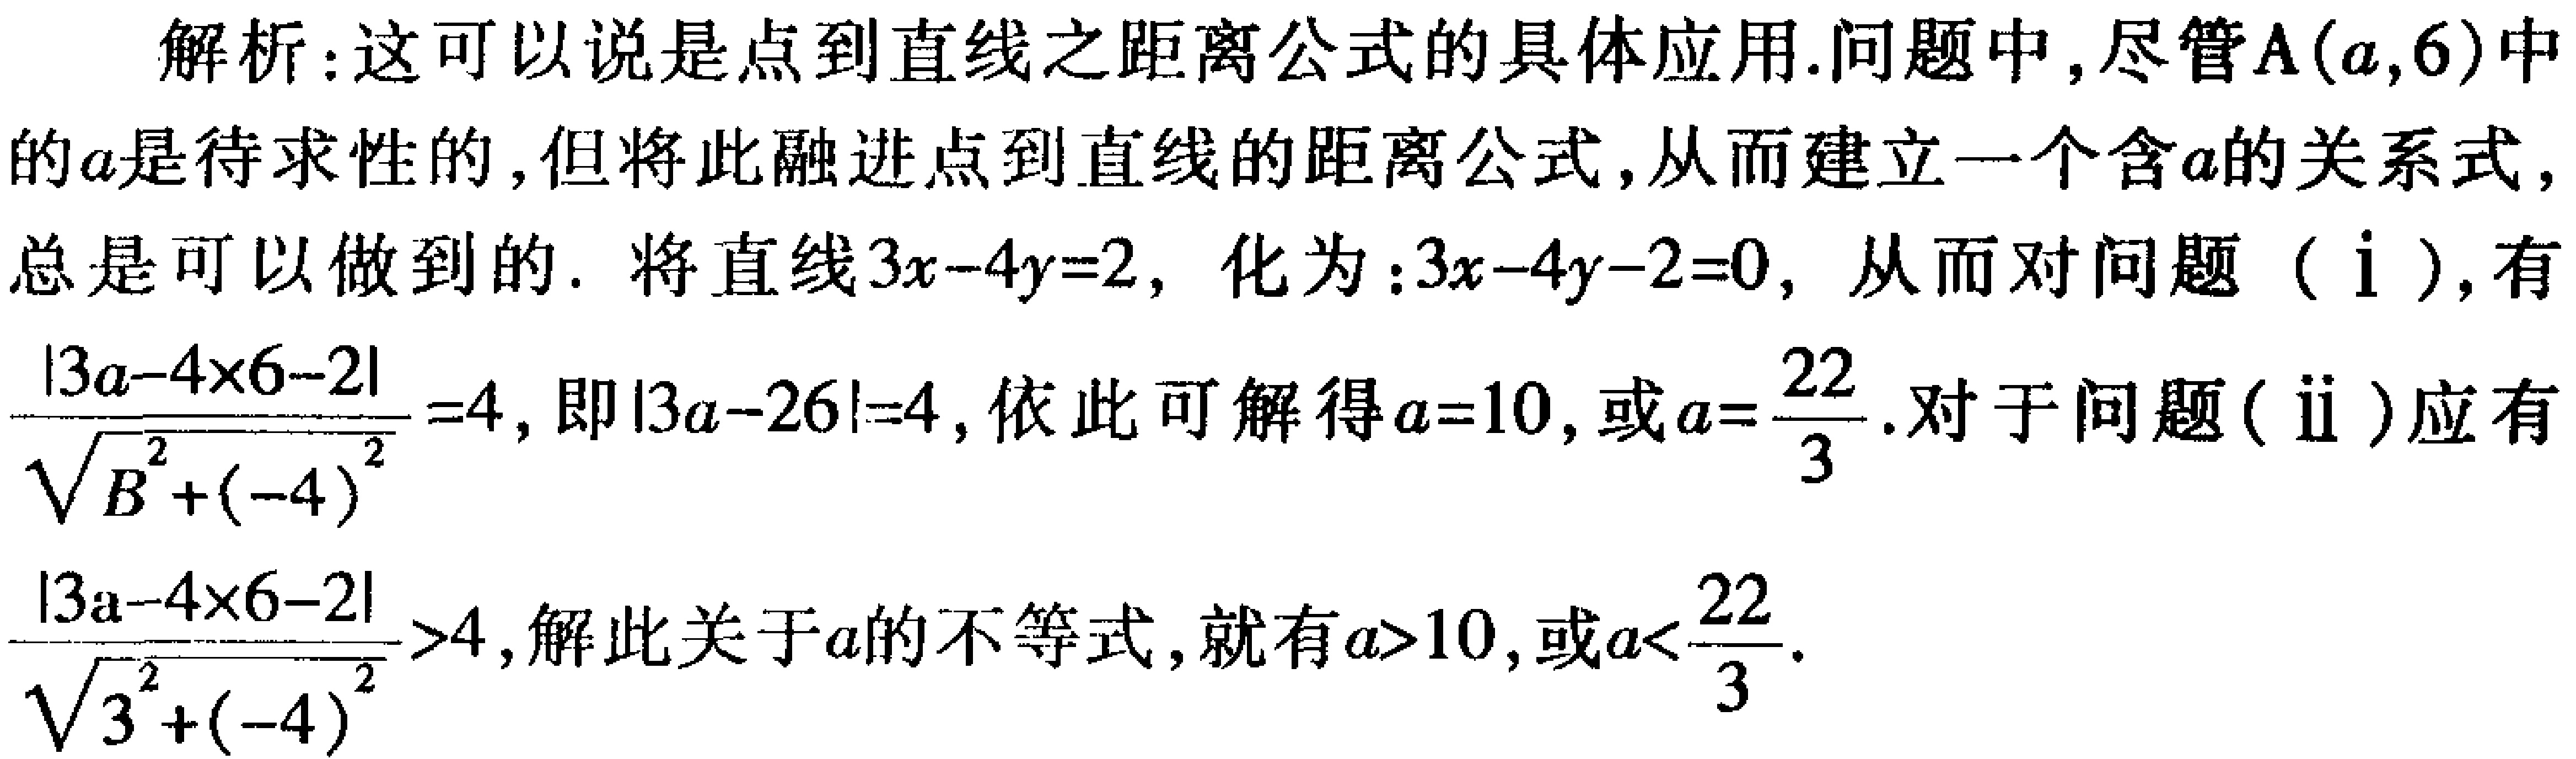
解析：这可以说是点到直线之距离公式的具体应用.问题中,尽管\(A(a,6)\)中的\(a\)是待求性的,但将此融进点到直线的距离公式,从而建立一个含\(a\)的关系式,总是可以做到的. 将直线\(3x - 4y = 2\), 化为：\(3x - 4y - 2 = 0\), 从而对问题（ⅰ）,有\(\frac{|3a - 4\times6 - 2|}{\sqrt{B^{2}+(-4)^{2}}}=4\),即\(|3a - 26| = 4\),依此可解得\(a = 10\),或\(a=\frac{22}{3}\).对于问题(ⅱ)应有\(\frac{|3a - 4\times6 - 2|}{\sqrt{3^{2}+(-4)^{2}}}>4\),解此关于\(a\)的不等式,就有\(a>10\),或\(a<\frac{22}{3}\).